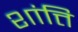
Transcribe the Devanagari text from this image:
शांत्ति